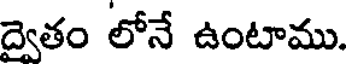
ద్వైతం లోనే ఉంటాము.